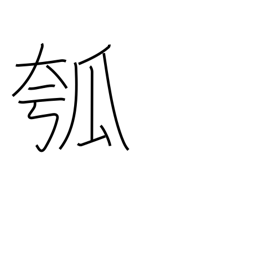
Meaning: gourd